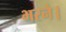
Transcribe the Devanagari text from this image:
भरने।